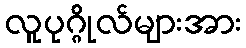
လူပုဂ္ဂိုလ်များအား